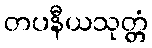
တပနီယသုတ္တံ